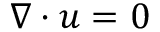
\nabla \cdot u = 0